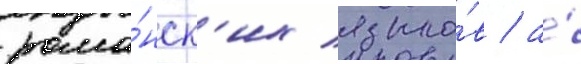
рома́нск'их языко́в / а́